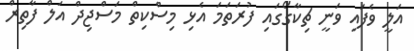
އަލީ ވެފައި ވަނީ ޗިކާގޯގައި ފުރަތަމަ އެޅި މިސްކިތް މަސްޖިދް އަލް ފާތިރް